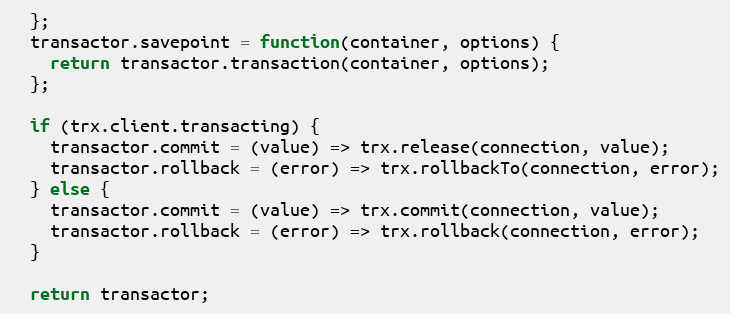
Language: JavaScript
  };
  transactor.savepoint = function(container, options) {
    return transactor.transaction(container, options);
  };

  if (trx.client.transacting) {
    transactor.commit = (value) => trx.release(connection, value);
    transactor.rollback = (error) => trx.rollbackTo(connection, error);
  } else {
    transactor.commit = (value) => trx.commit(connection, value);
    transactor.rollback = (error) => trx.rollback(connection, error);
  }

  return transactor;